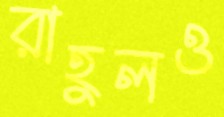
রাহুলও